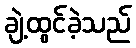
ချဲ့ထွင်ခဲ့သည်